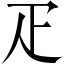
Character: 疋